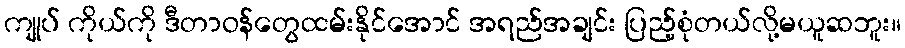
ကျုပ် ကိုယ်ကို ဒီတာဝန်တွေထမ်းနိုင်အောင် အရည်အချင်း ပြည့်စုံတယ်လို့မယူဆဘူး။